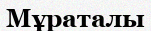
Мұраталы